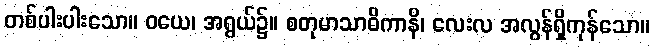
တစ်ပါးပါးသော။ ဝယေ၊ အရွယ်၌။ စတုမာသာဓိကာနိ၊ လေးလ အလွန်ရှိကုန်သော။